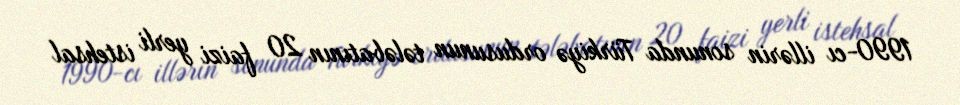
1990-cı illərin sonunda Türkiyə ordusunun tələbatının 20 faizi yerli istehsal